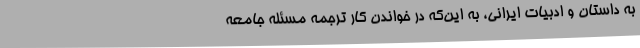
به داستان و ادبیات ایرانی، به این‌که در خواندن کار ترجمه مسئله جامعه